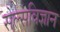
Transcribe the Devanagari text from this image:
सेल्सविज्ञान